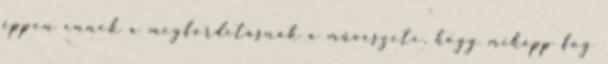
éppen ennek a megfordításnak a művészete, hogy miképp fog